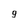
Character: 9